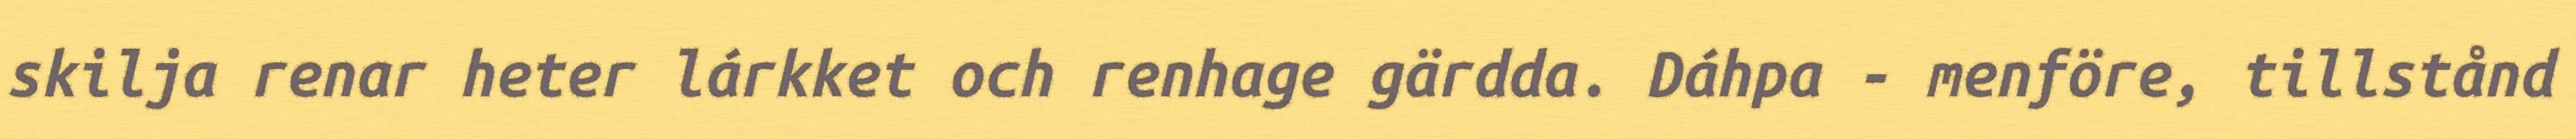
skilja renar heter lárkket och renhage gärdda. Dáhpa - menföre, tillstånd